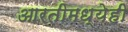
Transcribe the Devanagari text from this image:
आरतीमध्येही